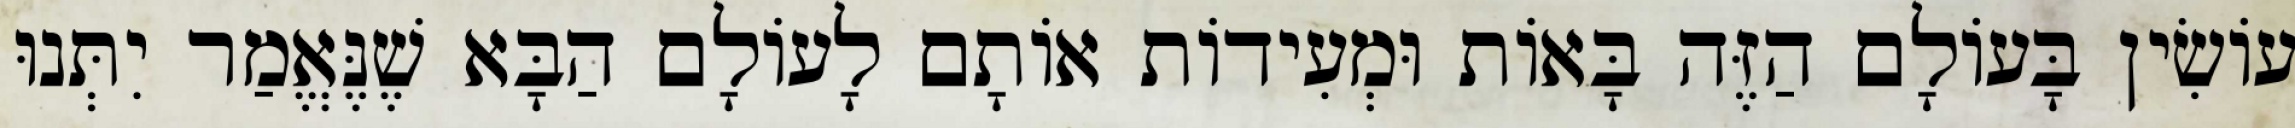
עוֹשִׂין בָּעוֹלָם הַזֶּה בָּאוֹת וּמְעִידוֹת אוֹתָם לָעוֹלָם הַבָּא שֶׁנֶּאֱמַר יִתְּנוּ